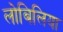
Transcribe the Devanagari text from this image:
लोबिलिया